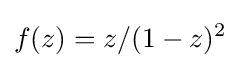
f(z)=z/(1-z)^{2}